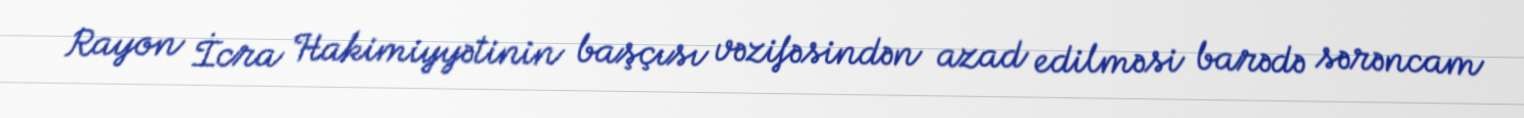
Rayon İcra Hakimiyyətinin başçısı vəzifəsindən azad edilməsi barədə sərəncam